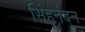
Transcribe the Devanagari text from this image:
सिंहनंदन